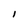
Character: I